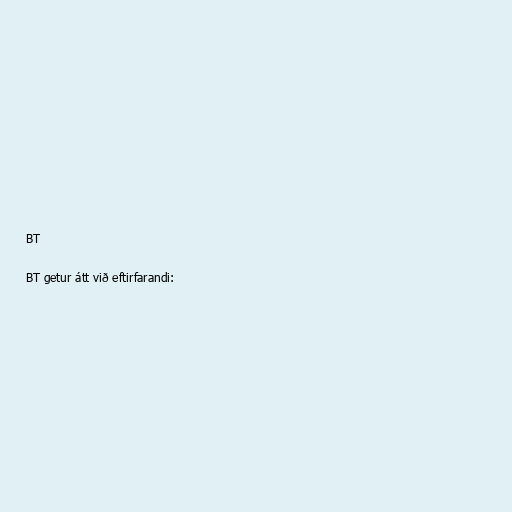
BT

BT getur átt við eftirfarandi: